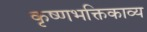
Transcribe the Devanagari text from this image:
कृष्णभक्तिकाव्य